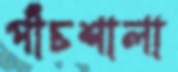
পাঁচশালা